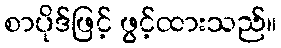
စာပိုဒ်ဖြင့် ဖွင့်ထားသည်။